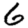
Digit: 6